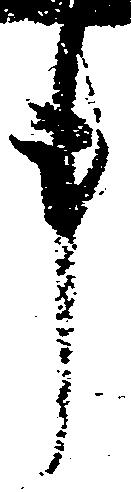
事